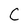
Character: C